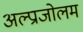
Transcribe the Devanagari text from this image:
अल्प्राजोलम